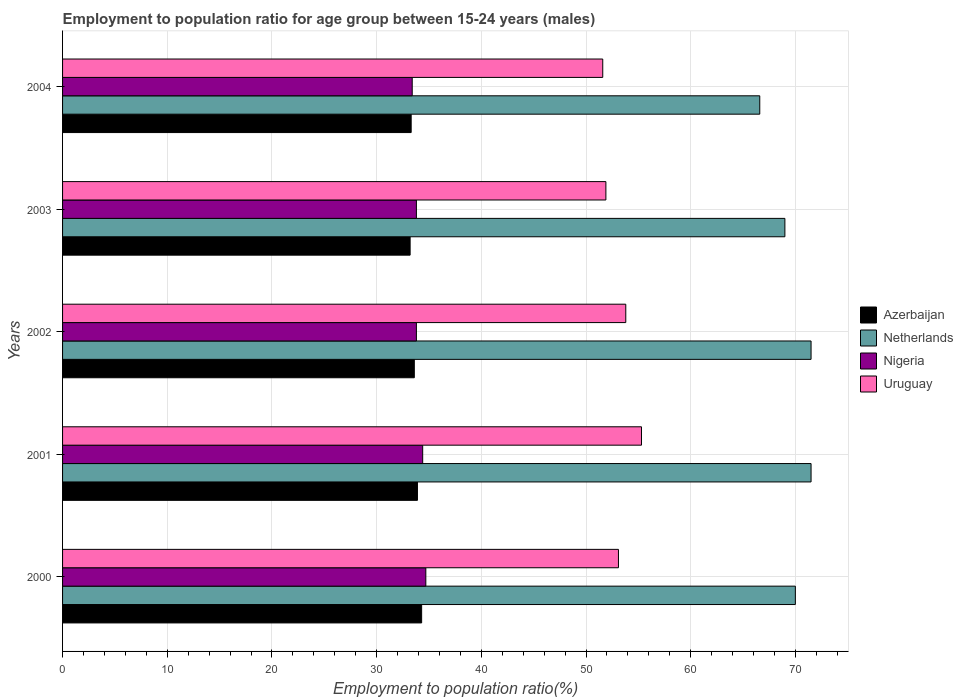
| Years | Azerbaijan | Netherlands | Nigeria | Uruguay |
 | --- | --- | --- | --- | --- |
 | 2000 | 34.3 | 70 | 34.7 | 53.1 |
 | 2001 | 33.9 | 71.5 | 34.4 | 55.3 |
 | 2002 | 33.6 | 71.5 | 33.8 | 53.8 |
 | 2003 | 33.2 | 69 | 33.8 | 51.9 |
 | 2004 | 33.3 | 66.6 | 33.4 | 51.6 |